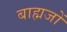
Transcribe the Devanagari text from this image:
बाह्मजों